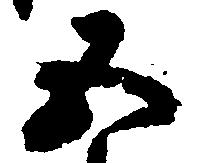
五